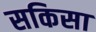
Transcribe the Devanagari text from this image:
सकिसा